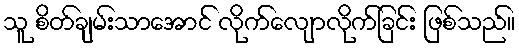
သူ စိတ်ချမ်းသာအောင် လိုက်လျောလိုက်ခြင်း ဖြစ်သည်။